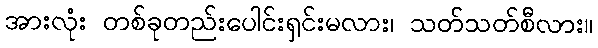
အားလုံး တစ်ခုတည်းပေါင်းရှင်းမလား၊ သတ်သတ်စီလား။